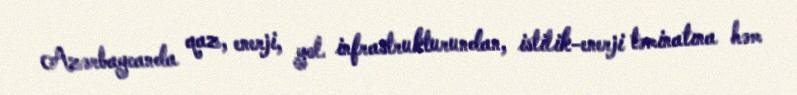
Azərbaycanda qaz, enerji, yol infrastrukturundan, istilik-enerji təminatına həm